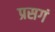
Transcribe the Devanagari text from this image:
प्रसगं